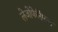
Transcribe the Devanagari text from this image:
लेजोफेरिंग्ल्स